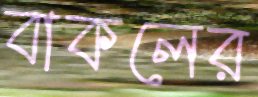
বাকলের